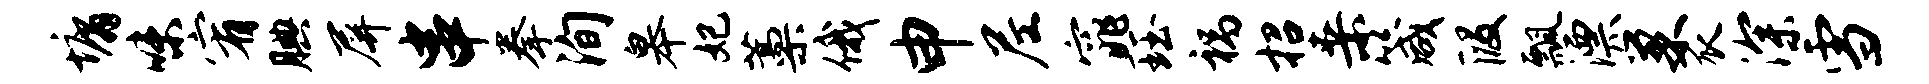
墉味宥腆屏串拳洵皋妃藁俄申尼窕珏祸招桑箴段瓢漂巢瓜深雪